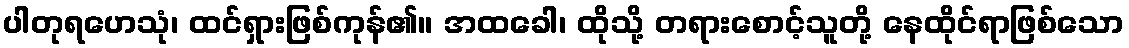
ပါတုရဟေသုံ၊ ထင်ရှားဖြစ်ကုန်၏။ အထခေါ၊ ထိုသို့ တရားစောင့်သူတို့ နေထိုင်ရာဖြစ်သော